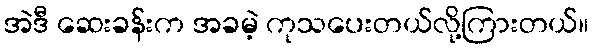
အဲဒီ ဆေးခန်းက အခမဲ့ ကုသပေးတယ်လို့ကြားတယ်။